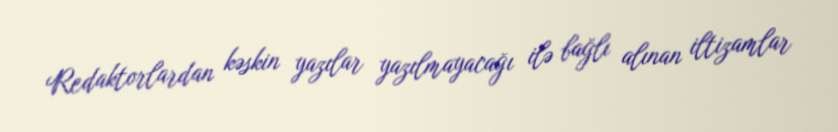
Redaktorlardan kəskin yazılar yazılmayacağı ilə bağlı alınan iltizamlar